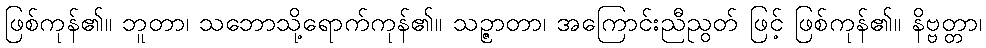
ဖြစ်ကုန်၏။ ဘူတာ၊ သဘောသို့ရောက်ကုန်၏။ သဉ္ဇာတာ၊ အကြောင်းညီညွတ် ဖြင့် ဖြစ်ကုန်၏။ နိဗ္ဗတ္တာ၊